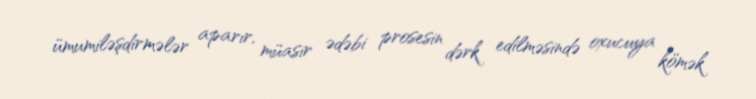
ümumiləşdirmələr aparır, müasir ədəbi prosesin dərk edilməsində oxucuya kömək